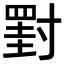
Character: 𡭀